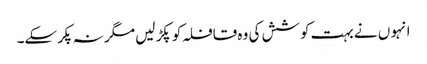
انہو ں نے بہت کوشش کی وہ قافلہ کو پکڑ لیں مگر نہ پکرسکے۔